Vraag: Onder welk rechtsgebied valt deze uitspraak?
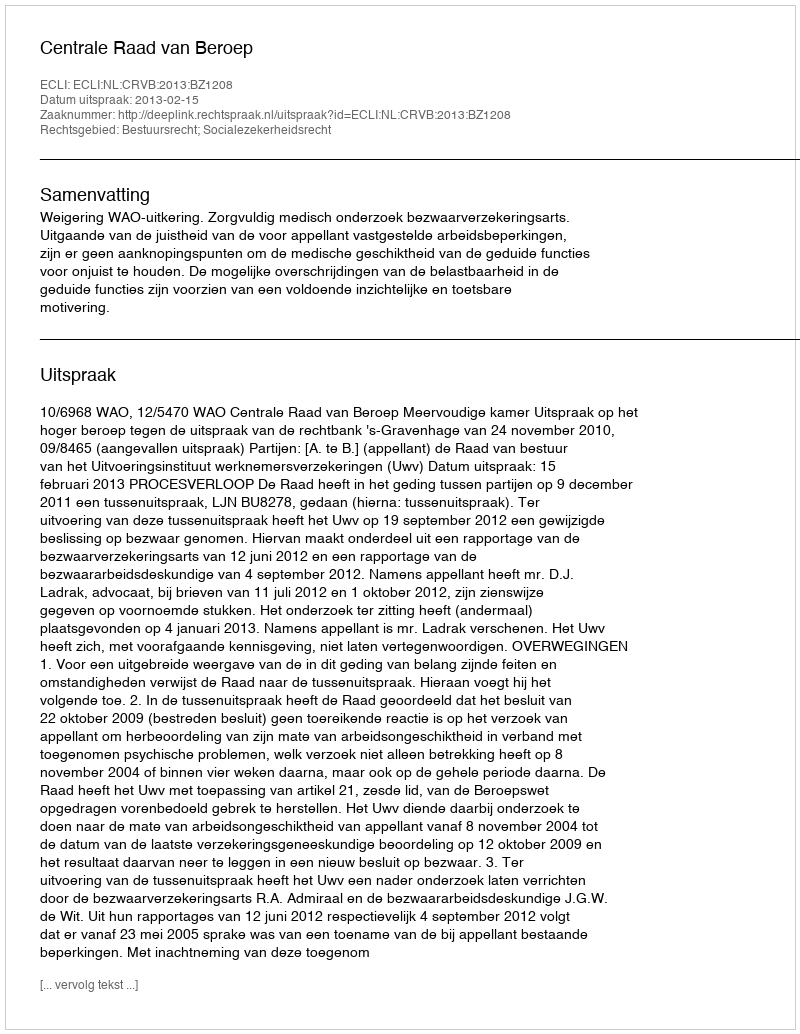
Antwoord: Bestuursrecht; Socialezekerheidsrecht